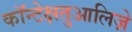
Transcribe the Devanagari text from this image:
कॉन्टेक्षतुआलिज़े